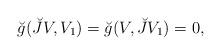
LaTeX: \begin{align*}\breve{g}(\breve{J}V,V_{1})=\breve{g}(V,\breve{J}V_{1})=0, \end{align*}